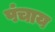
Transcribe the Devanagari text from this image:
पंचाय